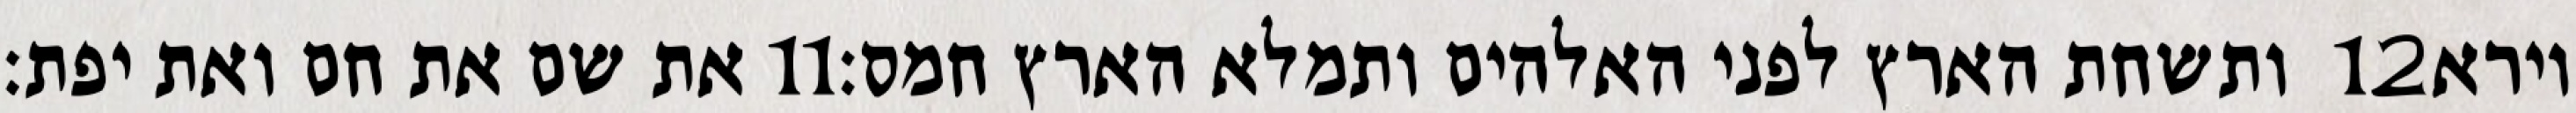
את שם את חם ואת יפת׃ ‎11‏ ותשחת הארץ לפני האלהים ותמלא הארץ חמס׃ ‎12‏ וירא